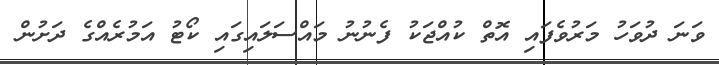
ވަނަ ދުވަހު މަރުވެފައި އޮތް ކުއްޖަކު ފެނުނު މައްސަލައިގައި ކޯޓު އަމުރެއްގެ ދަށުން